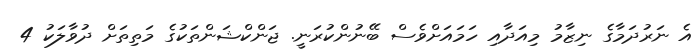
އެ ނަރުދަމާގެ ނިޒާމު މިއަދާއި ހަމައަށްވެސް ބޭނުންކުރަނީ. ޖަންކްޝަންތަކުގެ މަތިތަށް ދުވާލަކު 4